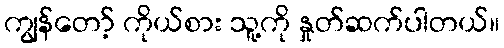
ကျွန်တော့် ကိုယ်စား သူ့ကို နှုတ်ဆက်ပါတယ်။